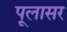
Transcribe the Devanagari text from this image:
पूलासर